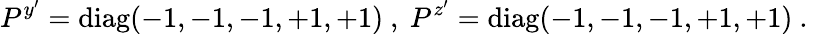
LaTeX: P^{y^{\prime}}=\mathrm{diag}(-1,-1,-1,+1,+1)~,~P^{z^{\prime}}=\mathrm{diag}(-1,-1,-1,+1,+1)~.~\,